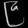
Digit: ၉